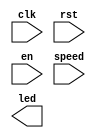
module lab3_1
(
    input clk,
    input rst,
    input en,
    input speed,
    output [15:0] led
);

endmodule